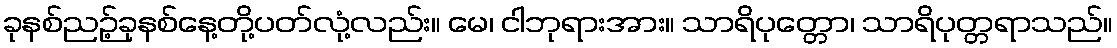
ခုနစ်ညဉ့်ခုနစ်နေ့တို့ပတ်လုံ့လည်း။ မေ၊ ငါဘုရားအား။ သာရိပုတ္တော၊ သာရိပုတ္တရာသည်။